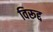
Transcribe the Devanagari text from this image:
विरूद्द